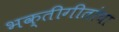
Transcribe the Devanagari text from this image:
भक्तीगीतांचा